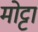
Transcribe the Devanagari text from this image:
मोट्टा